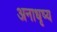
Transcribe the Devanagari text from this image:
अनाधृष्य